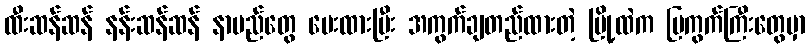
ထီးဆန်ဆန် နန်းဆန်ဆန် နာမည်တွေ ပေးထားပြီး အကွက်ချတည်ထားတဲ့ မြို့ထဲက ပြကွက်ကြီးတွေမှာ